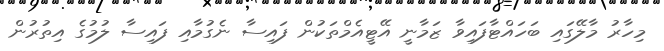
މިހާރު މާލޭގައި ބަހައްޓާފައިވާ ޒަމާނީ އޭޓީއެމްތަކުން ފައިސާ ނެގުމާއި ފައިސާ ލުމުގެ އިތުރުން